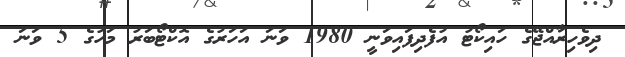
ދިވެހިރާއްޖޭގެ ހައިކޯޓު އުފެދިފައިވަނީ 1980 ވަނަ އަހަރުގެ އޮކްޓޯބަރު މަހުގެ 5 ވަނަ